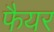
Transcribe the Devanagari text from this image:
फैयर